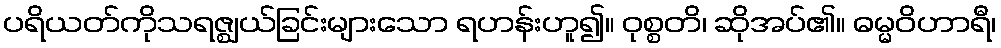
ပရိယတ်ကိုသရဇ္ဈယ်ခြင်းများသော ရဟန်းဟူ၍။ ဝုစ္စတိ၊ ဆိုအပ်၏။ ဓမ္မဝိဟာရီ၊